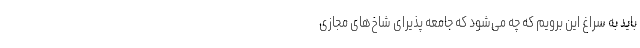
باید به سراغ این برویم که چه می‌شود که جامعه پذیرای شاخ‌های مجازی